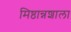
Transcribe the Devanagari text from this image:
मिष्ठान्नशाला